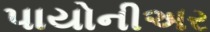
પાયોનીઅર